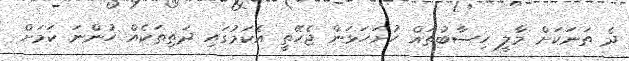
ދެ ތަނަކަށް މާލީ ހިސާބުތައް ހުށަހަޅަން ޖެހޭތީ އެކަމުގައި ދަތިތަކެއް ހުންނަ ކަމަށް